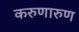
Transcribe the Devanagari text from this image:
करुणारुण